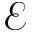
\mathcal { E }